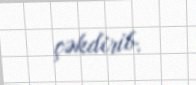
çəkdirib.